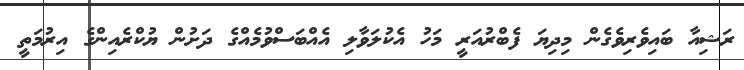
ރަޝިއާ ބައިވެރިވެގެން މިދިޔަ ފެބްރުއަރީ މަހު އެކުލަވާލި އެއްބަސްވުމެއްގެ ދަށުން ޔުކްރެއިންގެ އިރުމަތީ